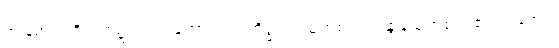
အခြံအရံပရိသတ်၌ လည်းကောင်း။ ဗဟိဒ္ဓ ဝါ၊ သူတစ်ပါးသန္တာန်သူတစ်ပါး၏ အခြံအရံ